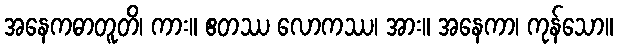
အနေကဓာတူတိ၊ ကား။ ဧတဿ လောကဿ၊ အား။ အနေကာ၊ ကုန်သော။